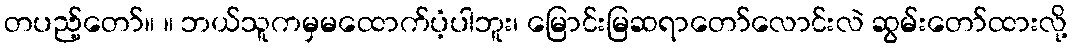
တပည့်တော်။ ။ ဘယ်သူကမှမထောက်ပံ့ပါဘူး၊ မြောင်းမြဆရာတော်လောင်းလဲ ဆွမ်းတော်ထားလို့